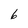
Character: 6